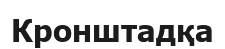
Кронштадқа